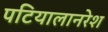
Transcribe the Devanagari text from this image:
पटियालानरेश